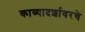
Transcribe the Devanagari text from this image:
काव्यादर्शावरचे